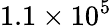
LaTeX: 1.1\times 10^{5}